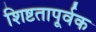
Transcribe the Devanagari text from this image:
शिष्टतापूर्वक